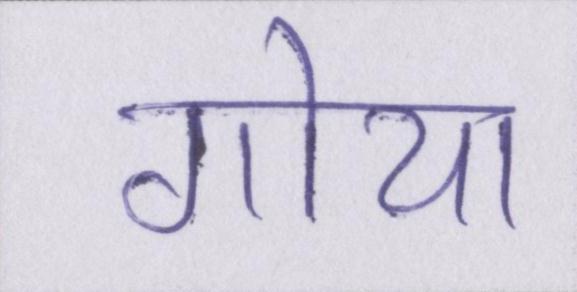
गोया